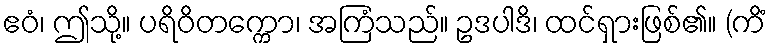
ဧဝံ၊ ဤသို့။ ပရိဝိတက္ကော၊ အကြံသည်။ ဥဒပါဒိ၊ ထင်ရှားဖြစ်၏။ (ကိံ